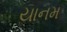
યાનમ